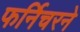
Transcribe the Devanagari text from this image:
फर्निचरने